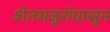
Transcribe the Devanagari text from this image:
शेतमजुरांपासून